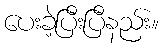
ပေးခဲ့ပြီးပြီနည်း။